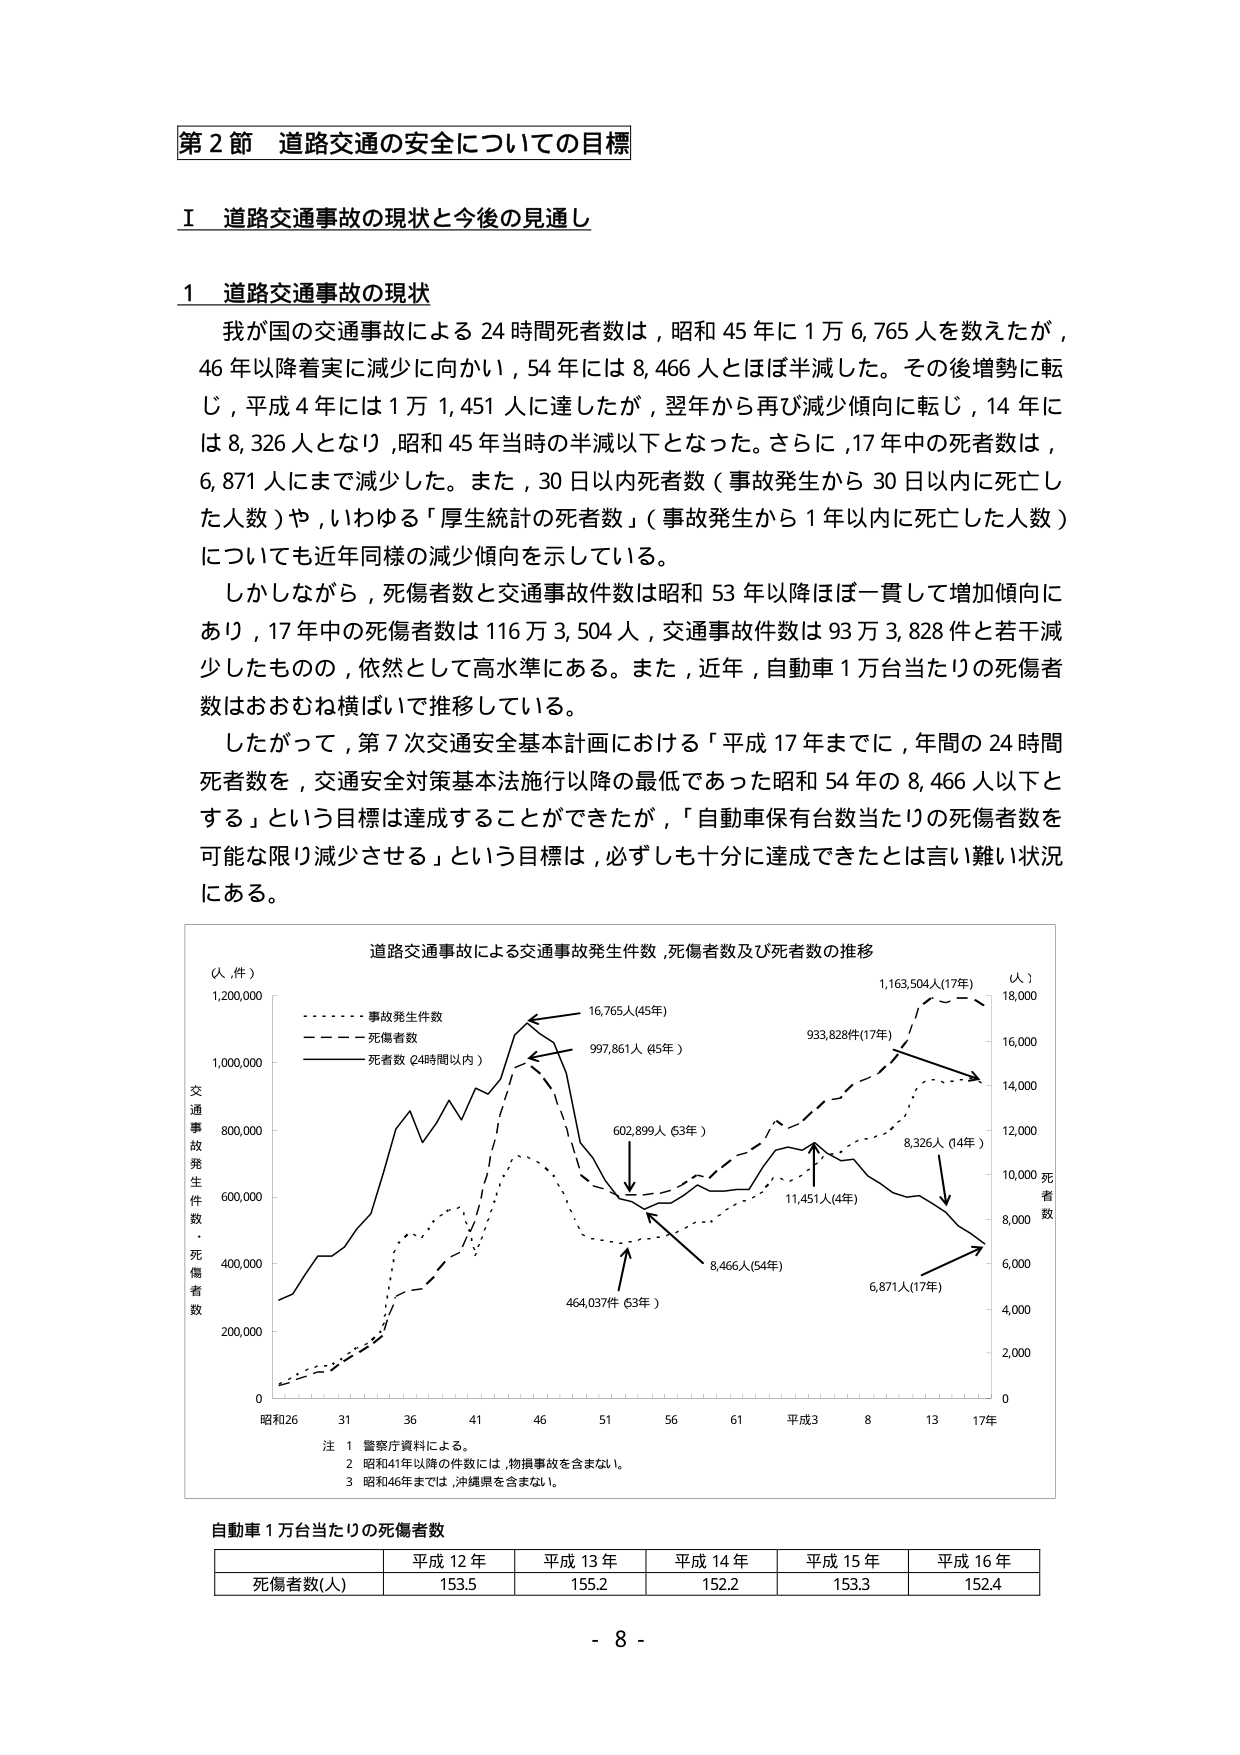
第２節 道路交通の安全についての目標

Ⅰ 道路交通事故の現状と今後の見通し

１ 道路交通事故の現状

我が国の交通事故による24時間死者数は，昭和45年に1万6,765人を数えたが，46年以降着実に減少に向かい，54年には8,466人とほぼ半減した。その後増勢に転じ，平成4年には1万1,451人に達したが，翌年から再び減少傾向に転じ，14年には8,326人となり，昭和45年当時の半減以下となった。さらに，17年中の死者数は，6,871人にまで減少した。また，30日以内死者数（事故発生から30日以内に死亡した人数）や，いわゆる「厚生統計の死者数」（事故発生から1年以内に死亡した人数）についても近年同様の減少傾向を示している。

しかしながら，死傷者数と交通事故件数は昭和53年以降ほぼ一貫して増加傾向にあり，17年中の死傷者数は116万3,504人，交通事故件数は93万3,828件と若干減少したものの，依然として高水準にある。また，近年，自動車1万台当たりの死傷者数はおおむね横ばいで推移している。

したがって，第7次交通安全基本計画における「平成17年までに，年間の24時間死者数を，交通安全対策基本法施行以降の最低であった昭和54年の8,466人以下とする」という目標は達成することができたが，「自動車保有台数当たりの死傷者数を可能な限り減少させる」という目標は，必ずしも十分に達成できたとは言い難い状況にある。

道路交通事故による交通事故発生件数，死傷者数及び死者数の推移

（人，件）
1,200,000
1,000,000
800,000
600,000
400,000
200,000
0

交通事故発生件数・死傷者数

昭和26 31 36 41 46 51 56 61 平成3 8 13 17年

（人）
18,000
16,000
14,000
12,000
10,000 死者数
8,000
6,000
4,000
2,000
0

- - - - - 事故発生件数
- - - - 死傷者数
- - - 死者数（24時間以内）

16,765人（45年）
997,861人（45年）
602,899人（53年）
464,037件（53年）
8,466人（54年）
11,451人（4年）
8,326人（14年）
6,871人（17年）
933,828件（17年）
1,163,504人（17年）

注 1 警察庁資料による。
2 昭和41年以降の件数には，物損事故を含まない。
3 昭和46年までは，沖縄県を含まない。

自動車1万台当たりの死傷者数

| | 平成12年 | 平成13年 | 平成14年 | 平成15年 | 平成16年 |
|---|---|---|---|---|---|
| 死傷者数（人） | 153.5 | 155.2 | 152.2 | 153.3 | 152.4 |

- 8 -